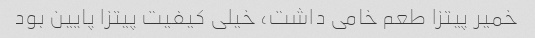
خمیر پیتزا طعم خامی داشت، خیلی کیفیت پیتزا پایین بود